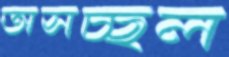
অসচ্ছল